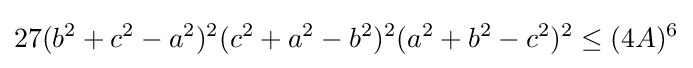
27(b^{2}+c^{2}-a^{2})^{2}(c^{2}+a^{2}-b^{2})^{2}(a^{2}+b^{2}-c^{2})^{2}\leq (4A)^{6}